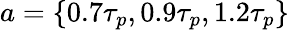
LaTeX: a=\{ 0.7\tau_{p},0.9\tau_{p},1.2\tau_{p}\}